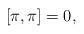
LaTeX: \begin{align*}[ \pi, \pi ] =0,\end{align*}